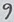
Text: 9